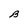
Character: B